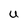
Character: U